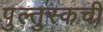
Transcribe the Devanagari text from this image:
पुल्तुस्कची